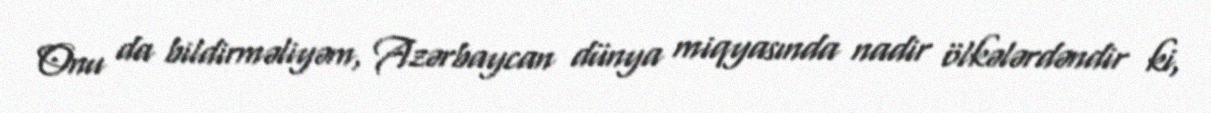
Onu da bildirməliyəm, Azərbaycan dünya miqyasında nadir ölkələrdəndir ki,